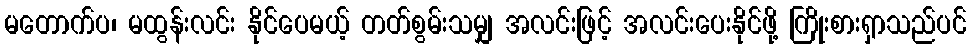
မတောက်ပ၊ မထွန်းလင်း နိုင်ပေမယ့် တတ်စွမ်းသမျှ အလင်းဖြင့် အလင်းပေးနိုင်ဖို့ ကြိုးစားရှာသည်ပင်